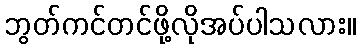
ဘွတ်ကင်တင်ဖို့လိုအပ်ပါသလား။